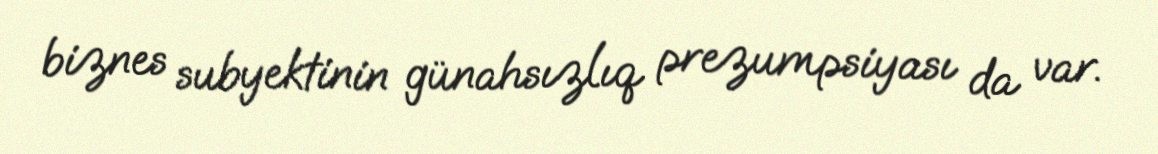
biznes subyektinin günahsızlıq prezumpsiyası da var.